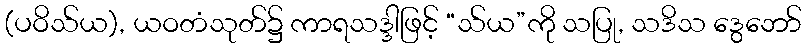
(ပဝိသ်ယ), ယဝတံသုတ်၌ ကာရသဒ္ဒါဖြင့် “သ်ယ”ကို သပြု, သဒိသ ဒွေဘော်